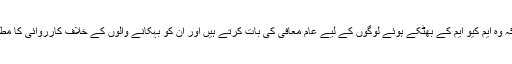
انہوں نے کہا کہ وہ ایم کیو ایم کے بھٹکے ہوئے لوگوں کے لیے عام معافی کی بات کرتے ہیں اور ان کو بہکانے والوں کے خلاف کارروائی کا مطالبہ کرتے ہیں۔